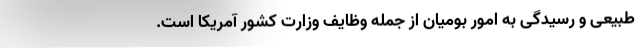
طبیعی و رسیدگی به امور بومیان از جمله وظایف وزارت کشور آمریکا است.